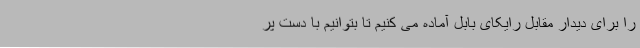
را برای دیدار مقابل رایکای بابل آماده می کنیم تا بتوانیم با دست پر